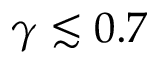
\gamma \lesssim 0 . 7